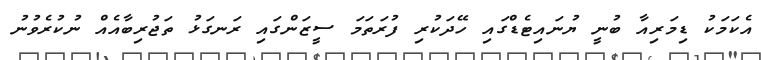
އެކަމަކު ޑިމަރިއާ ބުނީ ޔުނައިޓެޑްގައި ހޭދަކުރި ފުރަތަމަ ސީޒަންގައި ރަނގަޅު ތަޖުރިބާއެއް ނުކުރެވުނު